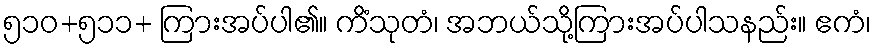
၅၁၀+၅၁၁+ ကြားအပ်ပါ၏။ ကိံသုတံ၊ အဘယ်သို့ကြားအပ်ပါသနည်း။ ဧကံ၊